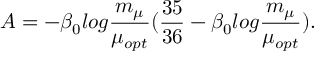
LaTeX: A = - \beta _ { 0 } l o g \frac { m _ { \mu } } { \mu _ { o p t } } ( \frac { 3 5 } { 3 6 } - \beta _ { 0 } l o g \frac { m _ { \mu } } { \mu _ { o p t } } ) .